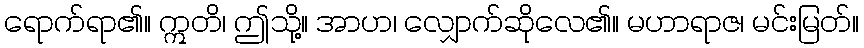
ရောက်ရာ၏။ ဣတိ၊ ဤသို့။ အာဟ၊ လျှောက်ဆိုလေ၏။ မဟာရာဇ၊ မင်းမြတ်။